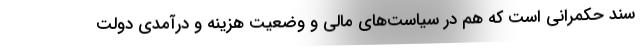
سند حکمرانی است که هم در سیاست‌های مالی و وضعیت هزینه و درآمدی دولت